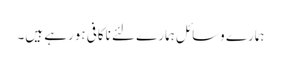
ہمارے وسائل ہمارے لئے ناکافی ہورہے ہیں۔